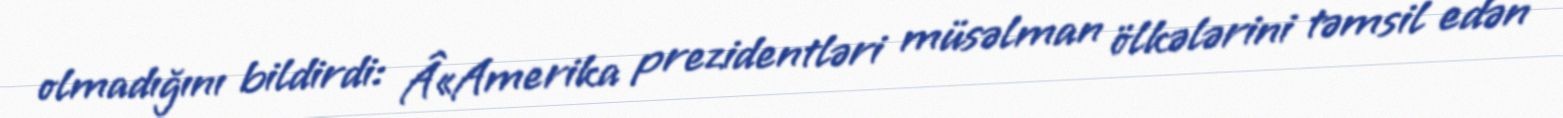
olmadığını bildirdi: Â«Amerika prezidentləri müsəlman ölkələrini təmsil edən